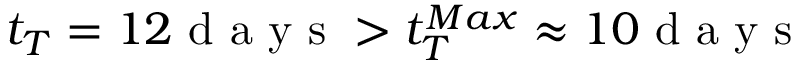
t _ { T } = 1 2 \mathrm { ~ d ~ a ~ y ~ s ~ } > t _ { T } ^ { M a x } \approx 1 0 \mathrm { ~ d ~ a ~ y ~ s ~ }